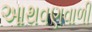
આથવણવાળી